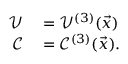
\begin{array} { r l } { \mathcal V } & { { } = \mathcal V ^ { ( 3 ) } ( \vec { x } ) } \\ { \mathcal C } & { { } = \mathcal C ^ { ( 3 ) } ( \vec { x } ) . } \end{array}